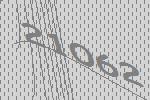
21062